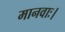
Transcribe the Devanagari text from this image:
मानवाः।